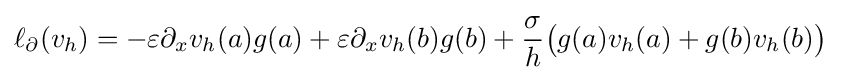
\ell _{\partial }(v_{h})=-\varepsilon \partial _{x}v_{h}(a)g(a)+\varepsilon \partial _{x}v_{h}(b)g(b)+{\frac {\sigma }{h}}{\big (}g(a)v_{h}(a)+g(b)v_{h}(b){\big )}